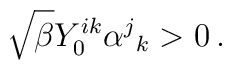
\sqrt{\beta } Y_0^{ik}\alpha^j{}_k >0\,.